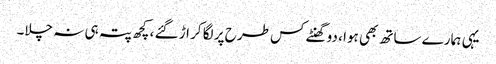
یہی ہمارے ساتھ بھی ہوا ، دو گھنٹے کس طرح پر لگا کر اڑ گئے ، کچھ پتہ ہی نہ چلا۔